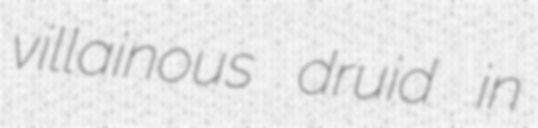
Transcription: villainous druid in